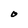
Character: O